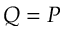
Q = P